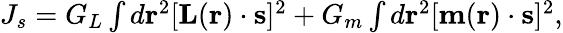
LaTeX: \begin{array}{r}{J_{s}=G_{L}\int{d{\mathbf{r}}^{2}}[{\mathbf{L}}({\mathbf{r}})\cdot{\mathbf{s}}]^{2}+G_{m}\int{d{\mathbf{r}}^{2}}[{\mathbf{m}}({\mathbf{r}})\cdot{\mathbf{s}}]^{2},}\end{array}